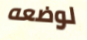
لوضعه